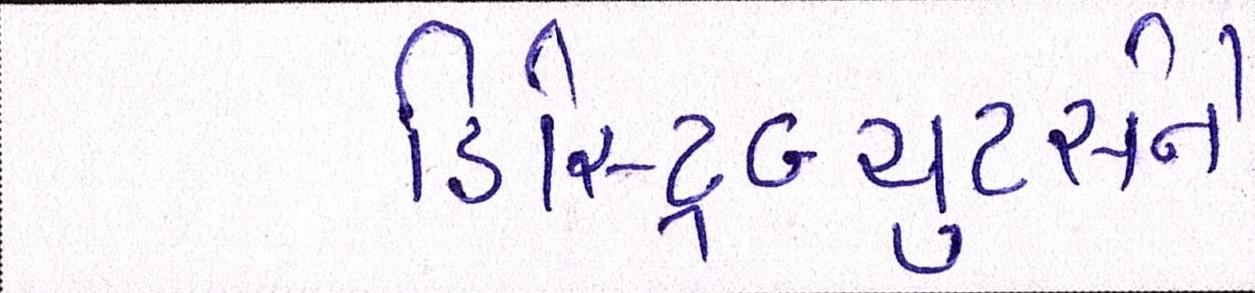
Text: ડિસ્ટ્રિબ્યુટર્સને